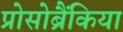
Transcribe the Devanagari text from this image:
प्रोसोब्रैंकिया